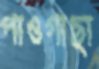
পাওগাছা